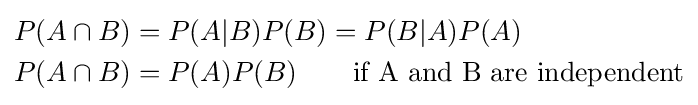
{\begin{aligned}P(A\cap B)&=P(A|B)P(B)=P(B|A)P(A)\\P(A\cap B)&=P(A)P(B)\qquad {\mbox{if A and B are independent}}\\\end{aligned}}